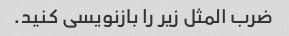
ضرب المثل زیر را بازنویسی کنید.